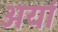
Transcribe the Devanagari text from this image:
अयां